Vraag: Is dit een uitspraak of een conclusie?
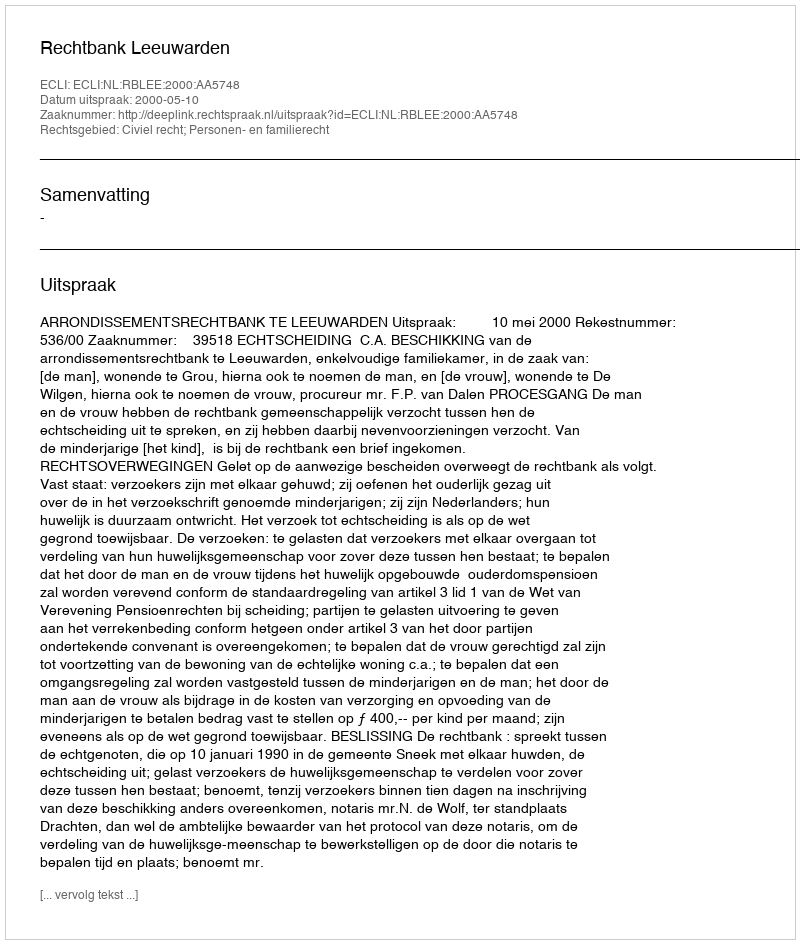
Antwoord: Uitspraak